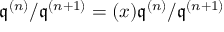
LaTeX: { \mathfrak { q } } ^ { ( n ) } / { \mathfrak { q } } ^ { ( n + 1 ) } = ( x ) { \mathfrak { q } } ^ { ( n ) } / { \mathfrak { q } } ^ { ( n + 1 ) }